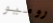
روميو